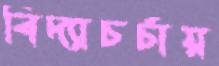
বিদ্যাচর্চায়